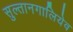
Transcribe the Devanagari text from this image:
सुल्तानगालियेव